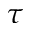
\tau